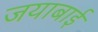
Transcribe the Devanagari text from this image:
जयाबाई